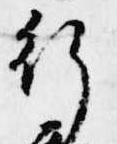
行